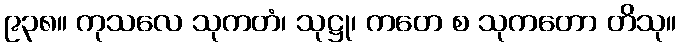
၉၃၈။ ကုသလေ သုကတံ၊ သုဋ္ဌု၊ ကတေ စ သုကတော တိသု။